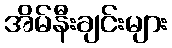
အိမ်နီးချင်းများ